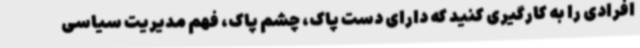
افرادی را به کارگیری کنید که دارای دست پاک، چشم پاک، فهم مدیریت سیاسی